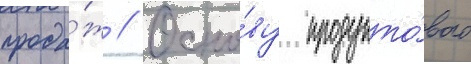
прода́ж // Осно́ву продукто́вого